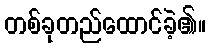
တစ်ခုတည်ထောင်ခဲ့၏။